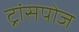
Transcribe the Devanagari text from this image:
ट्रांसपोज